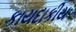
કાયદાકીય